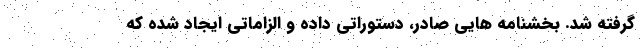
گرفته شد. بخشنامه هایی صادر، دستوراتی داده و الزاماتی ایجاد شده که